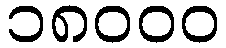
၁၈၀၀၀